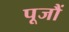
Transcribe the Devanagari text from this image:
पूजौं